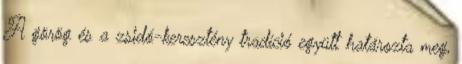
A görög és a zsidó-keresztény tradíció együtt határozta meg,